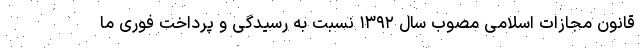
قانون مجازات اسلامی مصوب سال ۱۳۹۲ نسبت به رسیدگی و پرداخت فوری ما